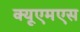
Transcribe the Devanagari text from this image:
क्यूएमएस